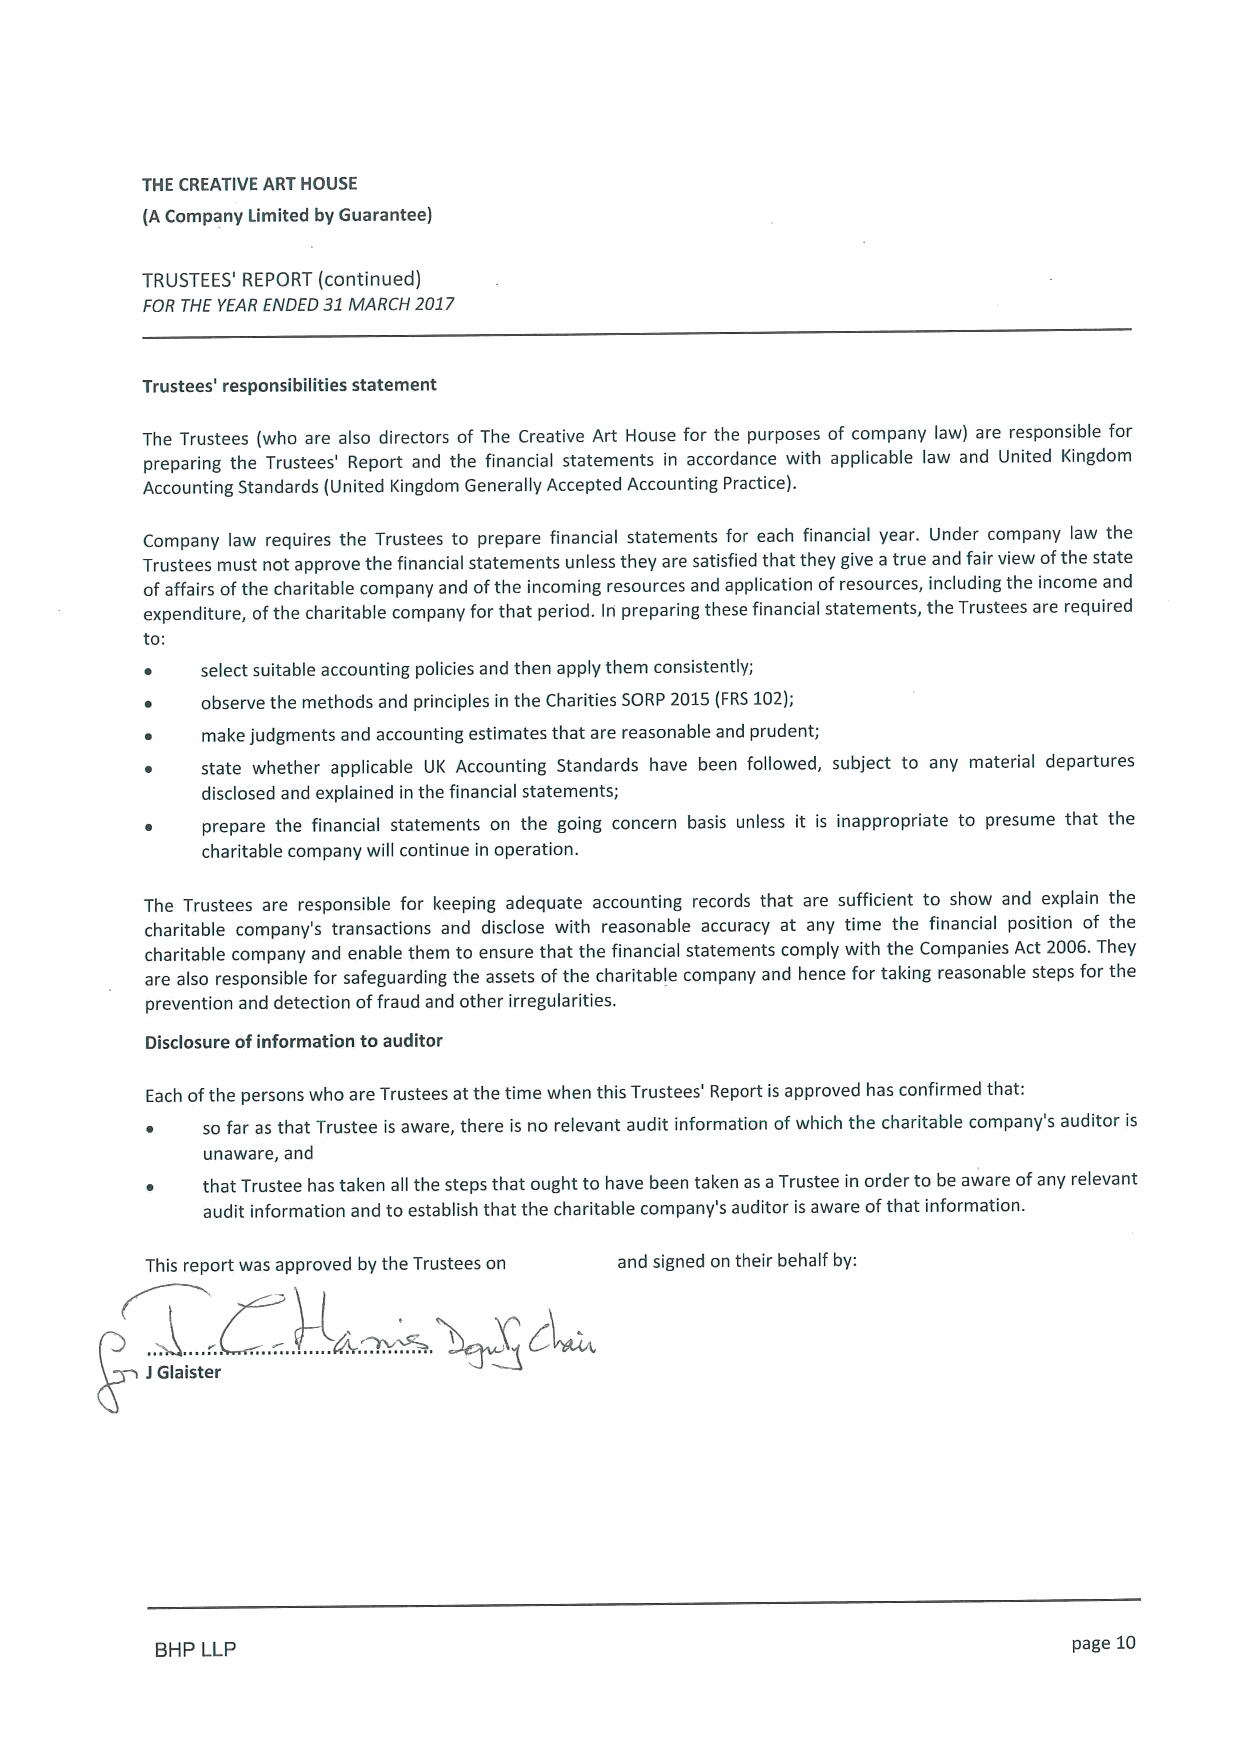
THE CREATIVE ART HOUSE
 (ACompany Limited by Guarantee)
 TRUSTEES' REPORT (continued)
 FOR THE YEAR ENDED 31MARCH 2017
 Trustees' responsibilities statement
 The Trustees (who are also directors of The Creative Art House for the purposes of company law) are responsible for
 preparing the Trustees' Report and the financial statements in accordance with applicable law and United Kingdom
 Accounting Standards (United Kingdom Generally Accepted Accounting Practice).
 Company law requires the Trustees to prepare financial statements for each financial year. Under company law the
 Trustees must not approve the financial statements unless they are satisfied that they give atrue and fair view ofthe state
 ofaffairs ofthe charitable company and ofthe incoming resources and application ofresources, including the income and
 expenditure, ofthe charitable company for that period. Iri preparing these financial statements, the Trustees are required
 to:
 select suitable accounting policies and then apply them consistently;
 observe the methods and principles in the Charities SORP 2015(FRS102);
 make judgments and accounting estimates that are reasonable and prudent;
 state whether applicable UK Accounting Standards have been followed, subject to any material departures
 disclosed and explained in the financial statements;
 ~  prepare the financial statements on the going concern basis unless it is inappropriate to presume that the
 charitable company will continue in operation.
 The Trustees are responsible for keeping adequate accounting records that are sufficient to show and explain the
 charitable company's transactions and disclose with reasonable accuracy at any time the financial position of the
 charitable company and enable them to ensure that the financial statements comply with the Companies Act 2006.They
 are also responsible for safeguarding the assets ofthe charitable company and hence for taking reasonable steps for the
 prevention and detection offraud and other irregularities.
 Disclosure ofinformation to auditor
 Each ofthe persons who are Trustees at the time when this Trustees' Report is approved has confirmed that:
 ~  so far as that Trustee is aware, there is no relevant audit information ofwhich the charitable company's auditor is
 unaware, and
 ~  that Trustee has taken all the steps that ought to have been taken as aTrustee in order to be aware ofany relevant
 audit information and to establish that the charitable company's auditor is aware ofthat information.
 This report was approved by the Trustees on and signed on their behalf by:
 BHP LLP                                                      page 10